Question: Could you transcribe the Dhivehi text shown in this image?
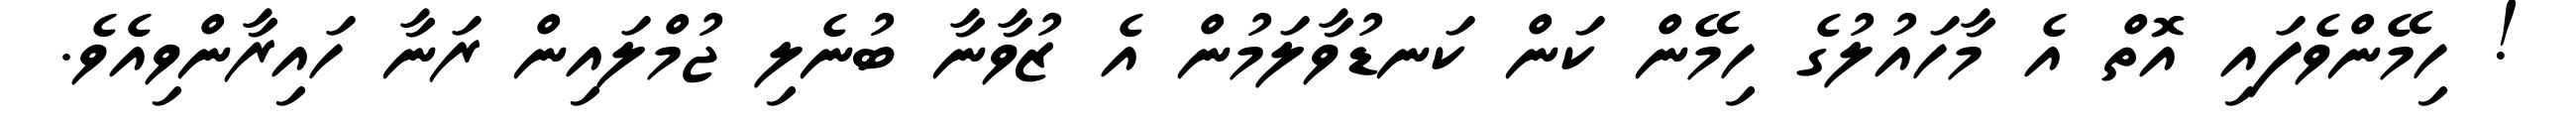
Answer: ! ހިމޭންވެފައި އޮތް އެ މާހައުލުގެ ހިމޭން ކަން ކަނޑުވާލަމުން އެ ޒުވާނާ ބުނެލި ޖުމްލައިން ރަނާ ހައިރާންވިއެވެ.